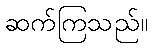
ဆက်ကြသည်။